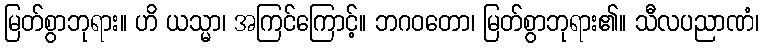
မြတ်စွာဘုရား။ ဟိ ယသ္မာ၊ အကြင်ကြောင့်။ ဘဂဝတော၊ မြတ်စွာဘုရား၏။ သီလပညာဏံ၊